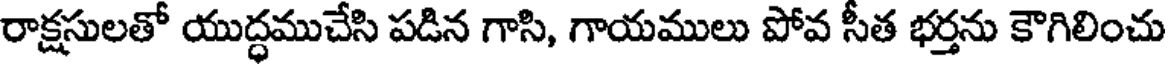
రాక్షసులతో యుద్ధముచేసి పడిన గాసి, గాయములు పోవ సీత భర్తను కౌగిలించు